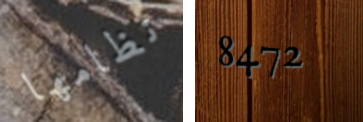
نظامها 8472